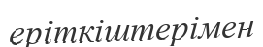
еріткіштерімен